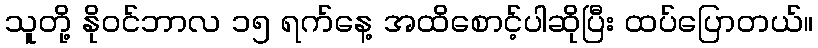
သူတို့ နိုဝင်ဘာလ ၁၅ ရက်နေ့ အထိစောင့်ပါဆိုပြီး ထပ်ပြောတယ်။